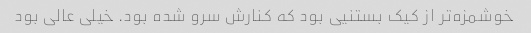
خوشمزه‌تر از کیک بستنیی بود که کنارش سرو شده بود. خیلی عالی بود